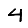
Digit: 4